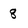
Character: 8